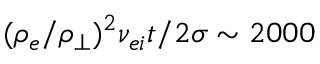
( \rho _ { e } / \rho _ { \perp } ) ^ { 2 } \nu _ { e i } t / 2 \sigma \sim 2 0 0 0